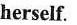
herself.